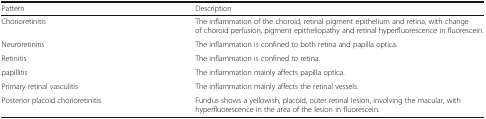
<table><thead><tr><td><b>Pattern</b></td><td><b>Description</b></td></tr></thead><tbody><tr><td>Chorioretinitis</td><td>The inflammation of the choroid, retinal pigment epithelium and retina, with change of choroid perfusion, pigment epitheliopathy and retinal hyperfluorescence in fluorescein.</td></tr><tr><td>Neuroretinitis</td><td>The inflammation is confined to both retina and papilla optica.</td></tr><tr><td>Retinitis</td><td>The inflammation is confined to retina.</td></tr><tr><td>papillitis</td><td>The inflammation mainly affects papilla optica.</td></tr><tr><td>Primary retinal vasculitis</td><td>The inflammation mainly affects the retinal vessels.</td></tr><tr><td>Posterior placoid chorioretinitis</td><td>Fundus shows a yellowish, placoid, outer retinal lesion, involving the macular, with hyperfluorescence in the area of the lesion in fluorescein.</td></tr></tbody></table>